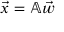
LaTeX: { \vec { x } } = \mathbb { A } { \vec { w } }